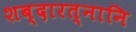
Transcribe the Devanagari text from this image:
शब्दारत्नानि